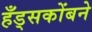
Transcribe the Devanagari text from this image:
हँड्सकोंबने